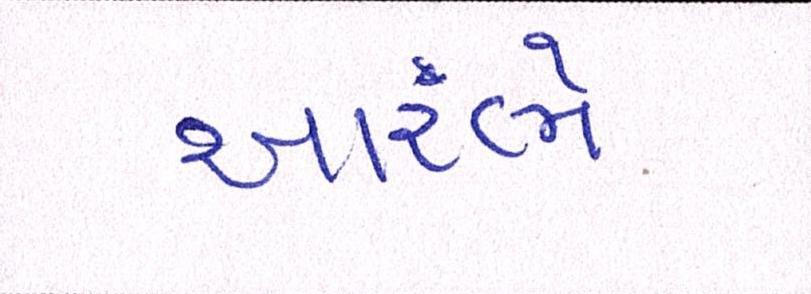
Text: આરંભે